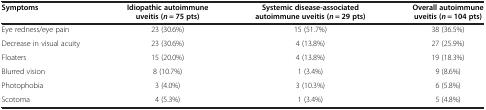
| Symptoms | Idiopathic autoimmune uveitis(n = 75 pts) | Systemic disease-associated autoimmune uveitis(n = 29 pts) | Overall autoimmune uveitis(n = 104 pts) |
 | --- | --- | --- | --- |
 | Eye redness/eye pain | 23 (30.6%) | 15 (51.7%) | 38 (36.5%) |
 | Decrease in visual acuity | 23 (30.6%) | 4 (13.8%) | 27 (25.9%) |
 | Floaters | 15 (20.0%) | 4 (13.8%) | 19 (18.3%) |
 | Blurred vision | 8 (10.7%) | 1 (3.4%) | 9 (8.6%) |
 | Photophobia | 3 (4.0%) | 3 (10.3%) | 6 (5.8%) |
 | Scotoma | 4 (5.3%) | 1 (3.4%) | 5 (4.8%) |